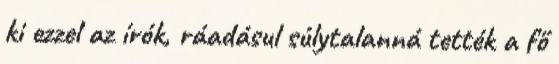
ki ezzel az írók, ráadásul súlytalanná tették a fő